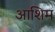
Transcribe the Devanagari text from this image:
आशिम